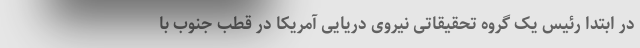
در ابتدا رئيس یک گروه تحقیقاتی نیروی دریایی آمریکا در قطب جنوب با